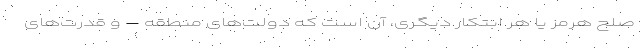
صلح هرمز یا هر ابتکار دیگری، آن است که دولت‌های منطقه – و قدرت‌های